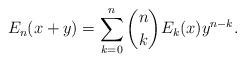
LaTeX: \begin{align*}E_n(x+y)=\sum_{k=0}^n\binom{n}kE_k(x)y^{n-k}.\end{align*}